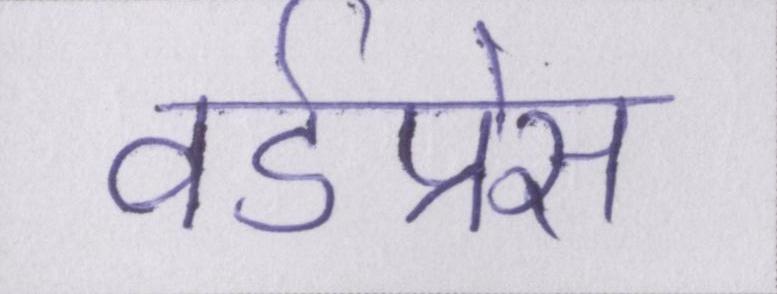
वर्डप्रेस